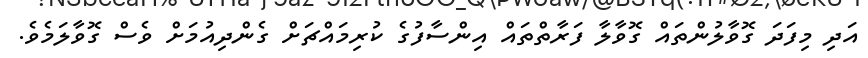
އަދި މިފަދަ ގޮވާލުންތައް ގޮވާލާ ފަރާތްތައް އިންސާފުގެ ކުރިމައްޗަށް ގެންދިއުމަށް ވެސް ގޮވާލަމެވެ.